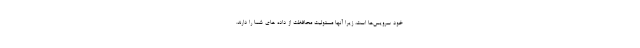
خود سرویس‌ها است، زیرا آنها مسئولیت محافظت از داده ‌های شما را دارند.